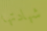
شهادتها